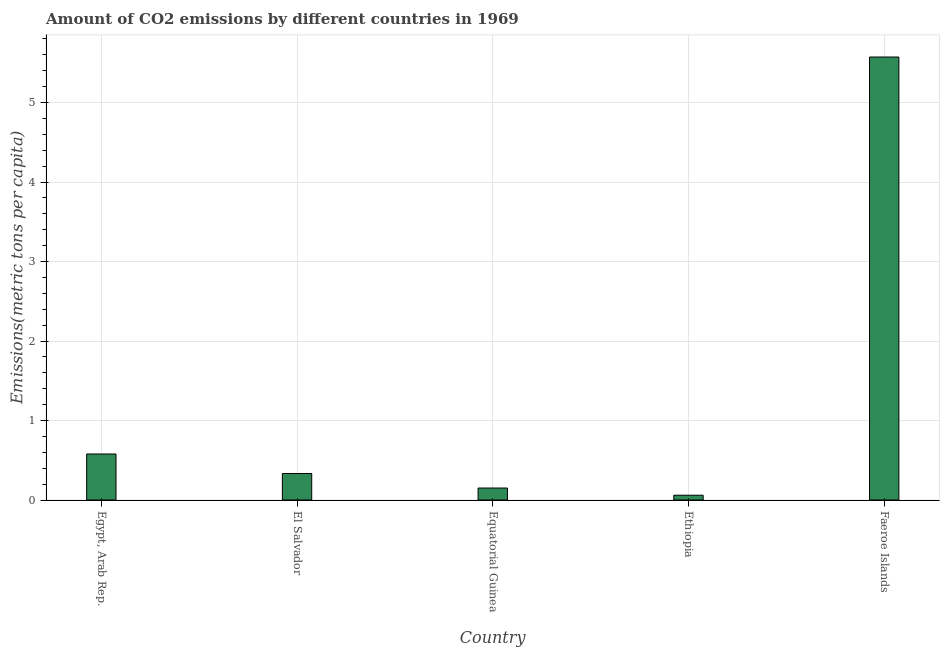
| Country | CO2 emissions |
 | --- | --- |
 | Egypt, Arab Rep. | 0.579 |
 | El Salvador | 0.334 |
 | Equatorial Guinea | 0.151 |
 | Ethiopia | 0.0603 |
 | Faeroe Islands | 5.57 |